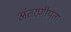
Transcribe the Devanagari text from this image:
अंतरणीयता